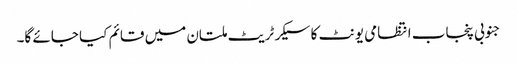
جنوبی پنجاب انتظامی یونٹ کا سیکرٹریٹ ملتان میں قائم کیا جائے گا۔